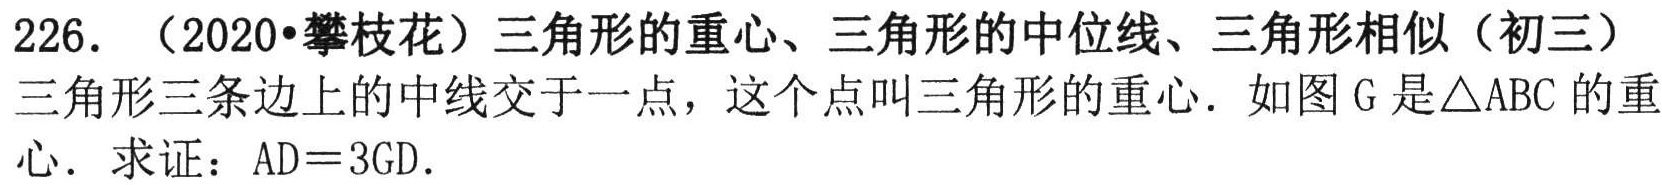
226. （2020•攀枝花）三角形的重心、三角形的中位线、三角形相似（初三）
三角形三条边上的中线交于一点，这个点叫三角形的重心. 如图\(G\)是\(\triangle ABC\)的重心. 求证：\(AD = 3GD\).